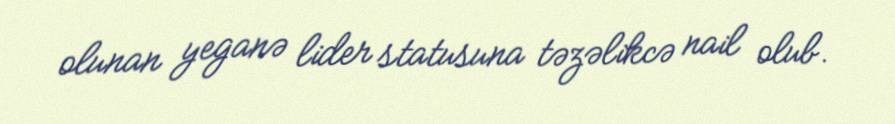
olunan yeganə lider statusuna təzəlikcə nail olub.